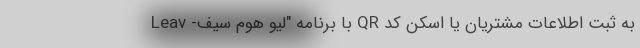
به ثبت اطلاعات مشتریان یا اسکن کد QR با برنامه "لیو هوم سیف- Leav